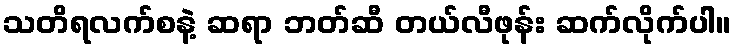
သတိရလက်စနဲ့ ဆရာ ဘတ်ဆီ တယ်လီဖုန်း ဆက်လိုက်ပါ။